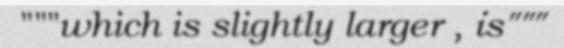
"""which is slightly larger , is"""